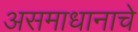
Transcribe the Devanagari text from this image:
असमाधानाचे